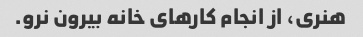
هنری، از انجام کارهای خانه بیرون نرو.